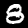
Label: 8